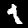
Digit: 1